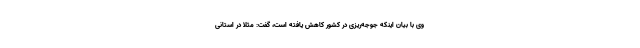
وی با بیان اینکه جوجه‌ریزی در کشور کاهش یافته است، گفت: مثلا در استانی